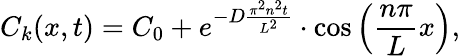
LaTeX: C_{k}(x,t)=C_{0}+e^{-D\frac{\pi^{2}n^{2}t}{L^{2}}}\cdot\cos\left(\frac{n\pi}{L}x\right),